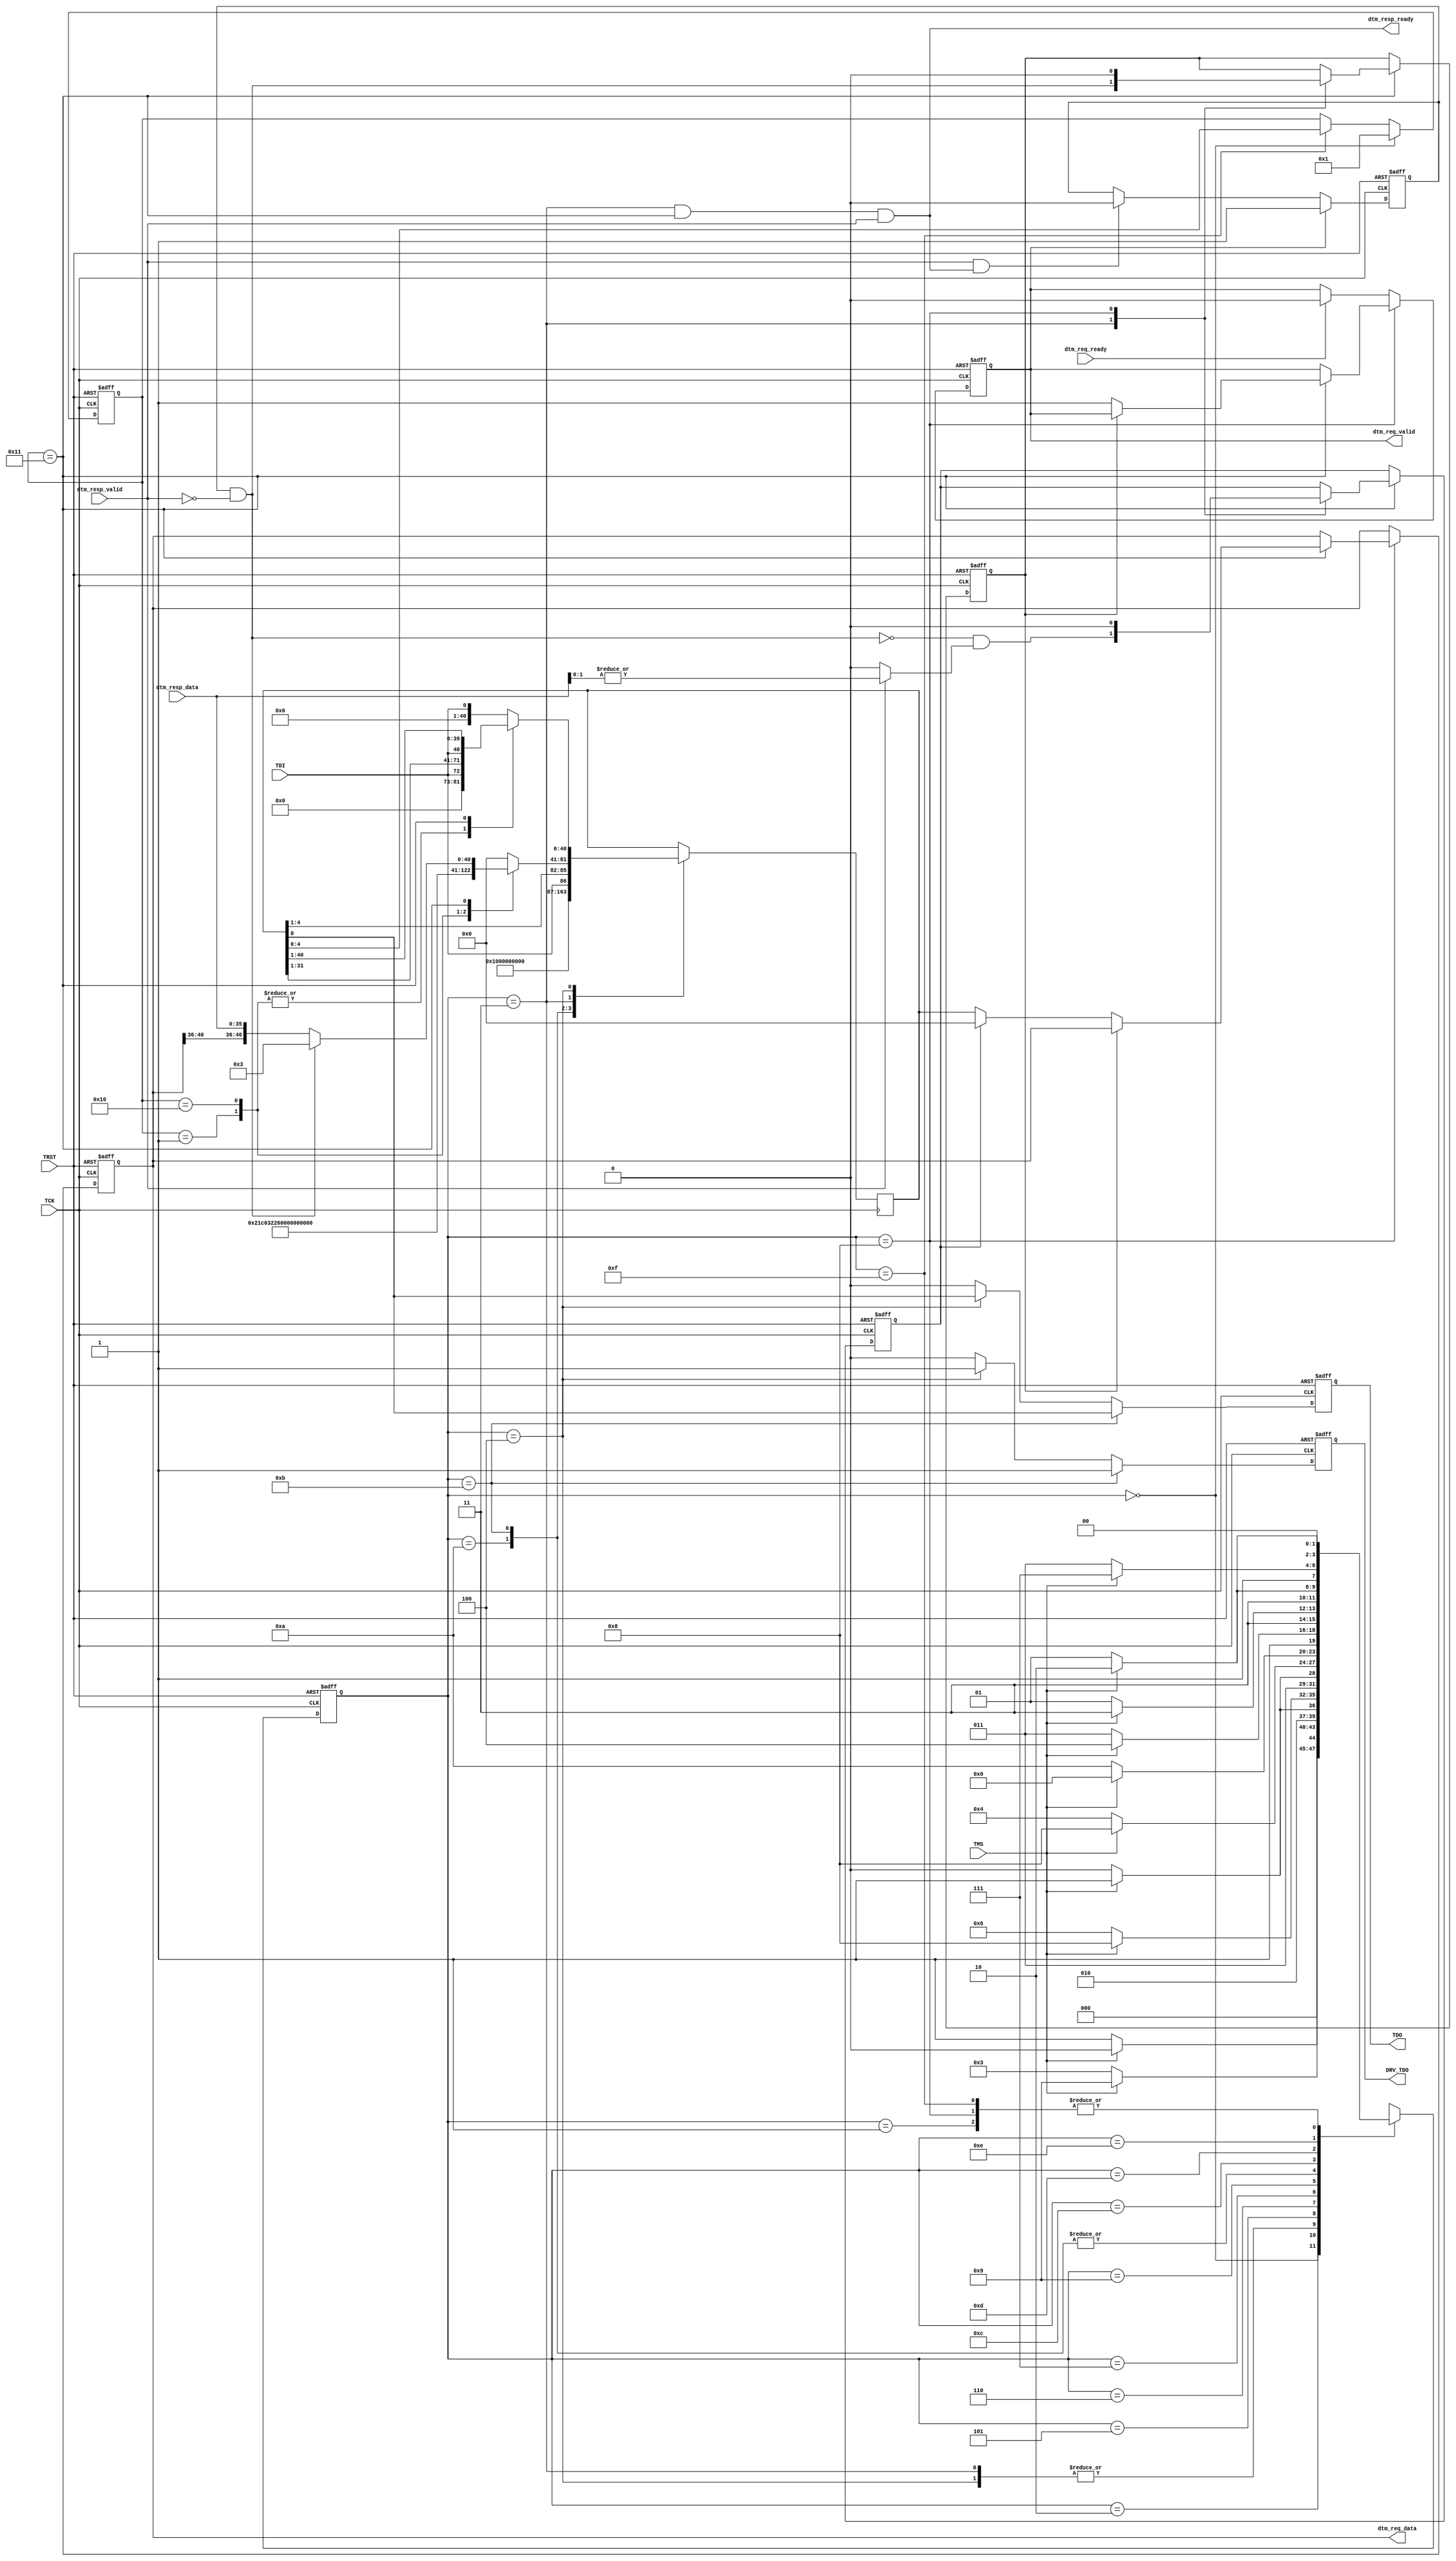
// Copyright (c) 2017, Microsemi Corporation
// All rights reserved.
//
// Redistribution and use in source and binary forms, with or without
// modification, are permitted provided that the following conditions are met:
//     * Redistributions of source code must retain the above copyright
//       notice, this list of conditions and the following disclaimer.
//     * Redistributions in binary form must reproduce the above copyright
//       notice, this list of conditions and the following disclaimer in the
//       documentation and/or other materials provided with the distribution.
//     * Neither the name of the <organization> nor the
//       names of its contributors may be used to endorse or promote products
//       derived from this software without specific prior written permission.
//
// THIS SOFTWARE IS PROVIDED BY THE COPYRIGHT HOLDERS AND CONTRIBUTORS "AS IS" AND
// ANY EXPRESS OR IMPLIED WARRANTIES, INCLUDING, BUT NOT LIMITED TO, THE IMPLIED
// WARRANTIES OF MERCHANTABILITY AND FITNESS FOR A PARTICULAR PURPOSE ARE
// DISCLAIMED. IN NO EVENT SHALL MICROSEMI CORPORATIONM BE LIABLE FOR ANY
// DIRECT, INDIRECT, INCIDENTAL, SPECIAL, EXEMPLARY, OR CONSEQUENTIAL DAMAGES
// (INCLUDING, BUT NOT LIMITED TO, PROCUREMENT OF SUBSTITUTE GOODS OR SERVICES;
// LOSS OF USE, DATA, OR PROFITS; OR BUSINESS INTERRUPTION) HOWEVER CAUSED AND
// ON ANY THEORY OF LIABILITY, WHETHER IN CONTRACT, STRICT LIABILITY, OR TORT
// (INCLUDING NEGLIGENCE OR OTHERWISE) ARISING IN ANY WAY OUT OF THE USE OF THIS
// SOFTWARE, EVEN IF ADVISED OF THE POSSIBILITY OF SUCH DAMAGE.
//
// Description:
//
// SVN Revision Information:
// SVN $Revision: 29485 $
// SVN $Date: 2017-03-31 10:16:24 +0100 (Fri, 31 Mar 2017) $
//
// Resolved SARs
// SAR      Date     Who   Description
//
// Notes:
//
// ****************************************************************************/
module PROC_SUBSYSTEM_CORERISCV_AXI4_0_CORERISCV_AXI4_DEBUG_TRANSPORT_MODULE_JTAG (
                   
                                 //JTAG Interface
                                 
                                 TDI,
                                 TDO,
                                 TCK,
                                 TMS,
                                 TRST,
                                 
                                 DRV_TDO,

                                 dtm_req_valid,
                                 dtm_req_ready,
                                 dtm_req_data,

                                 dtm_resp_valid,
                                 dtm_resp_ready,
                                 dtm_resp_data
                                                                  
                                 );
   //--------------------------------------------------------
   // Parameter Declarations
   
   parameter DEBUG_DATA_BITS  = 34;
   parameter DEBUG_ADDR_BITS = 5; // Spec allows values are 5-7 
   parameter DEBUG_OP_BITS = 2; // OP and RESP are the same size.
      
   parameter JTAG_VERSION  = 4'h1;
   parameter JTAG_PART_NUM = 16'h0E31; // E31
   parameter JTAG_MANUF_ID = 11'h489;  // As Assigned by JEDEC
   
   localparam IR_BITS = 5;

   localparam DEBUG_VERSION = 0;

   // JTAG State Machine
   localparam TEST_LOGIC_RESET  = 4'h0;
   localparam RUN_TEST_IDLE     = 4'h1;
   localparam SELECT_DR         = 4'h2;
   localparam CAPTURE_DR        = 4'h3;
   localparam SHIFT_DR          = 4'h4;
   localparam EXIT1_DR          = 4'h5;
   localparam PAUSE_DR          = 4'h6;
   localparam EXIT2_DR          = 4'h7;
   localparam UPDATE_DR         = 4'h8;
   localparam SELECT_IR         = 4'h9;
   localparam CAPTURE_IR        = 4'hA;
   localparam SHIFT_IR          = 4'hB;
   localparam EXIT1_IR          = 4'hC;
   localparam PAUSE_IR          = 4'hD;
   localparam EXIT2_IR          = 4'hE;
   localparam UPDATE_IR         = 4'hF;

   //RISCV DTM Registers (see RISC-V Debug Specification)
   // All others are treated as 'BYPASS'.
   localparam REG_BYPASS       = 5'b11111;
   localparam REG_IDCODE       = 5'b00001;
   localparam REG_DEBUG_ACCESS = 5'b10001;
   localparam REG_DTM_INFO     = 5'b10000;

   localparam DBUS_REG_BITS = DEBUG_OP_BITS + DEBUG_ADDR_BITS + DEBUG_DATA_BITS;
   localparam DBUS_REQ_BITS = DEBUG_OP_BITS + DEBUG_ADDR_BITS + DEBUG_DATA_BITS;
   localparam DBUS_RESP_BITS = DEBUG_OP_BITS + DEBUG_DATA_BITS;
   
      
   localparam SHIFT_REG_BITS = DBUS_REG_BITS;

   //--------------------------------------------------------
   // I/O Declarations
   
   //JTAG SIDE
   input                                TDI;
   output reg                           TDO;
   input                                TCK;
   input                                TMS;
   input                                TRST;

   // To allow tri-state outside of this block.
   output reg                           DRV_TDO;

   // RISC-V Core Side
   
   output                               dtm_req_valid;
   input                                dtm_req_ready;
   output [DBUS_REQ_BITS - 1 :0]        dtm_req_data;
   
   input                                dtm_resp_valid;
   output                               dtm_resp_ready;
   input [DBUS_RESP_BITS - 1 : 0]        dtm_resp_data;
   
   //--------------------------------------------------------
   // Reg and Wire Declarations 
   
   reg [IR_BITS -1 : 0 ]                irReg;
   
   wire [31:0]                          idcode;
   wire [31:0]                          dtminfo;
   reg [DBUS_REG_BITS - 1 : 0]          dbusReg;
   reg                                  dbusValidReg;
   
   reg [3:0]                            jtagStateReg;
   
   reg [SHIFT_REG_BITS -1 : 0]          shiftReg;

   reg                                  doDbusWriteReg;
   reg                                  doDbusReadReg;

   reg                                  busyReg;
   reg                                  skipOpReg; // Skip op because we're busy.
   reg                                  downgradeOpReg; // Downgrade op because prev. op failed.
   

   wire                                 busy;
   wire                                 nonzeroResp;

   wire [SHIFT_REG_BITS -1 : 0]         busyResponse;
   wire [SHIFT_REG_BITS -1 : 0]         nonbusyResponse;
   
   //--------------------------------------------------------
   // Combo Logic

   assign idcode  = {JTAG_VERSION, JTAG_PART_NUM, JTAG_MANUF_ID, 1'h1};

   wire [3:0]                           debugAddrBits = DEBUG_ADDR_BITS;
   wire [3:0]                           debugVersion = DEBUG_VERSION;
   
   assign dtminfo = {24'b0, debugAddrBits, debugVersion};
   
   //busy, dtm_resp* is only valid during CAPTURE_DR,
   //      so these signals should only be used at that time.
   // This assumes there is only one transaction in flight at a time.
   assign busy = busyReg & ~dtm_resp_valid;
   // This is needed especially for the first request.
   assign nonzeroResp = dtm_resp_valid ? |{dtm_resp_data[DEBUG_OP_BITS-1:0]} : 1'b0;
   
   // Interface to DM.
   // Note that this means dtm_resp_data must only be used during CAPTURE_DR.
   assign dtm_resp_ready = (jtagStateReg == CAPTURE_DR) &&
                           (irReg        == REG_DEBUG_ACCESS) &&
                           dtm_resp_valid;
      
   assign dtm_req_valid = dbusValidReg;
   assign dtm_req_data  = dbusReg;
   
   assign busyResponse  = {{(DEBUG_ADDR_BITS +  DEBUG_DATA_BITS){1'b0}},
                           {(DEBUG_OP_BITS){1'b1}}};                                    // Generalizing 'busy' to 'all-1'
   
   assign nonbusyResponse =  {dbusReg[(DEBUG_DATA_BITS + DEBUG_OP_BITS) +: DEBUG_ADDR_BITS] ,     // retain address bits from Req. 
                              dtm_resp_data[DEBUG_OP_BITS +: DEBUG_DATA_BITS] ,                   // data
                              dtm_resp_data[0 +: DEBUG_OP_BITS]                                   // response
                              };
      
   //--------------------------------------------------------
   // Sequential Logic

   // JTAG STATE MACHINE
   
   always @(posedge TCK or posedge TRST) begin
      if (TRST) begin
         jtagStateReg <= TEST_LOGIC_RESET;
      end else begin
         case (jtagStateReg)
           TEST_LOGIC_RESET  : jtagStateReg <= TMS ? TEST_LOGIC_RESET : RUN_TEST_IDLE;
           RUN_TEST_IDLE     : jtagStateReg <= TMS ? SELECT_DR        : RUN_TEST_IDLE;
           SELECT_DR         : jtagStateReg <= TMS ? SELECT_IR        : CAPTURE_DR;
           CAPTURE_DR        : jtagStateReg <= TMS ? EXIT1_DR         : SHIFT_DR;
           SHIFT_DR          : jtagStateReg <= TMS ? EXIT1_DR         : SHIFT_DR;
           EXIT1_DR          : jtagStateReg <= TMS ? UPDATE_DR        : PAUSE_DR;
           PAUSE_DR          : jtagStateReg <= TMS ? EXIT2_DR         : PAUSE_DR;
           EXIT2_DR          : jtagStateReg <= TMS ? UPDATE_DR        : SHIFT_DR;
           UPDATE_DR         : jtagStateReg <= TMS ? SELECT_DR        : RUN_TEST_IDLE;
           SELECT_IR         : jtagStateReg <= TMS ? TEST_LOGIC_RESET : CAPTURE_IR;
           CAPTURE_IR        : jtagStateReg <= TMS ? EXIT1_IR         : SHIFT_IR;
           SHIFT_IR          : jtagStateReg <= TMS ? EXIT1_IR         : SHIFT_IR;
           EXIT1_IR          : jtagStateReg <= TMS ? UPDATE_IR        : PAUSE_IR;
           PAUSE_IR          : jtagStateReg <= TMS ? EXIT2_IR         : PAUSE_IR;
           EXIT2_IR          : jtagStateReg <= TMS ? UPDATE_IR        : SHIFT_IR;
           UPDATE_IR         : jtagStateReg <= TMS ? SELECT_DR        : RUN_TEST_IDLE; 
         endcase // case (jtagStateReg)
      end // else: !if(TRST)
   end // always @ (posedge TCK or posedge TRST)

   // SHIFT REG 
   always @(posedge TCK) begin
      case (jtagStateReg)
        CAPTURE_IR : shiftReg <= {{(SHIFT_REG_BITS-1){1'b0}}, 1'b1}; //JTAG spec only says must end with 'b01. 
        SHIFT_IR   : shiftReg <= {{(SHIFT_REG_BITS-IR_BITS){1'b0}}, TDI, shiftReg[IR_BITS-1 : 1]};
        CAPTURE_DR : case (irReg) 
                       REG_BYPASS       : shiftReg <= {(SHIFT_REG_BITS){1'b0}};
                       REG_IDCODE       : shiftReg <= {{(SHIFT_REG_BITS-32){1'b0}}, idcode};
                       REG_DTM_INFO     : shiftReg <= {{(SHIFT_REG_BITS-32){1'b0}}, dtminfo};
                       REG_DEBUG_ACCESS : shiftReg <= busy ? busyResponse : nonbusyResponse;
                       default : //BYPASS
                         shiftReg <= {(SHIFT_REG_BITS){1'b0}};
                     endcase
        SHIFT_DR   : case (irReg) 
                       REG_BYPASS   : shiftReg <= {{(SHIFT_REG_BITS- 1){1'b0}}, TDI};
                       REG_IDCODE   : shiftReg <= {{(SHIFT_REG_BITS-32){1'b0}}, TDI, shiftReg[31:1]};
                       REG_DTM_INFO : shiftReg <= {{(SHIFT_REG_BITS-32){1'b0}}, TDI, shiftReg[31:1]};
                       REG_DEBUG_ACCESS : shiftReg <= {TDI, shiftReg[SHIFT_REG_BITS -1 : 1 ]};
                       default: // BYPASS
                        shiftReg <= {{(SHIFT_REG_BITS- 1){1'b0}} , TDI};
                     endcase // case (irReg)  
      endcase // case (jtagStateReg)
   end

   // IR 
   always @(negedge TCK or posedge TRST) begin
      if (TRST) begin
         irReg <= REG_IDCODE;
      end else if (jtagStateReg == TEST_LOGIC_RESET) begin
         irReg <= REG_IDCODE;
      end else if (jtagStateReg == UPDATE_IR) begin
         irReg <= shiftReg[IR_BITS-1:0];
      end
   end
  
   // Busy. We become busy when we first try to send a request.
   // We stop being busy when we accept a response.
   // This means that busyReg will still be set when we check it,
   // so the logic for checking busy looks ahead.
   
   always @(posedge TCK or posedge TRST) begin
      if (TRST) begin
         busyReg <= 1'b0;
      end else if (dtm_req_valid) begin //UPDATE_DR onwards
         busyReg <= 1'b1;
      end else if (dtm_resp_valid & dtm_resp_ready) begin //only in CAPTURE_DR
         busyReg <= 1'b0;
      end
   end // always @ (posedge TCK or posedge TRST)


   // Downgrade/Skip. We make the decision to downgrade or skip
   // during every CAPTURE_DR, and use the result in UPDATE_DR.
   always @(posedge TCK or posedge TRST) begin
      if (TRST) begin
         skipOpReg      <= 1'b0;
         downgradeOpReg <= 1'b0;
      end else if (irReg == REG_DEBUG_ACCESS) begin
         case(jtagStateReg)
           CAPTURE_DR: begin
              skipOpReg      <= busy;
              downgradeOpReg <= (~busy & nonzeroResp);
           end
           UPDATE_DR: begin
              skipOpReg      <= 1'b0;
              downgradeOpReg <= 1'b0;
           end
         endcase // case (jtagStateReg)
      end
   end // always @ (posedge TCK or posedge TRST)
   
   
   //dbusReg, dbusValidReg.
   always @(negedge TCK or posedge TRST) begin
      if (TRST) begin
         dbusReg <= {(DBUS_REG_BITS) {1'b0}};
         dbusValidReg <= 1'b0;
      end else if (jtagStateReg == UPDATE_DR) begin
         if (irReg == REG_DEBUG_ACCESS) begin
            if (skipOpReg) begin
               // do nothing.
            end else if (downgradeOpReg) begin
               dbusReg      <= {(DBUS_REG_BITS){1'b0}}; // NOP has encoding 2'b00.
               dbusValidReg <= 1'b1;
            end else begin 
               dbusReg      <= shiftReg[DBUS_REG_BITS-1:0];
               dbusValidReg <= 1'b1;
            end
         end
      end else if (dtm_req_ready) begin
         dbusValidReg <= 1'b0;
      end
   end // always @ (negedge TCK or posedge TRST)
        
   //TDO
   always @(negedge TCK or posedge TRST) begin
      if (TRST) begin
         TDO     <= 1'b0;
         DRV_TDO <= 1'b0;
      end else if (jtagStateReg == SHIFT_IR) begin
         TDO     <= shiftReg[0];
         DRV_TDO <= 1'b1;
      end else if (jtagStateReg == SHIFT_DR) begin
         TDO     <= shiftReg[0];
         DRV_TDO <= 1'b1;
      end else begin
         TDO     <= 1'b0;
         DRV_TDO <= 1'b0;
      end
   end // always @ (negedge TCK or posedge TRST)
   
     
endmodule